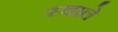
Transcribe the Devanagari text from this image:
स्वाले